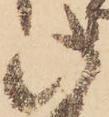
此